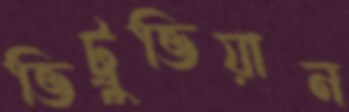
ভিট্রুভিয়ান